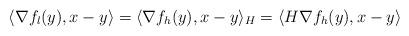
LaTeX: \begin{align*}\langle\nabla f_l(y),x-y\rangle = \langle\nabla f_h(y),x-y\rangle_H=\langle H\nabla f_h(y),x-y\rangle\end{align*}